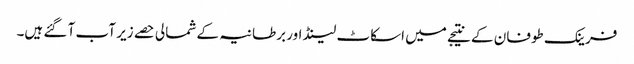
فرینک طوفان کے نتیجے میں اسکاٹ لینڈ اور برطانیہ کے شمالی حصے زیر آب آ گئے ہیں۔